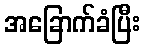
အခြောက်ခံပြီး